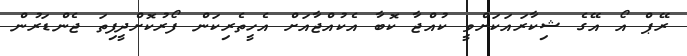
ރޭޕް އޯ އޭގެ ޝިކާރައަކަށްވީ ކުއްޖާ ކޮބާ އެކުއްޖާއަށް އެހީތެރިކަން ފޯރުކޮށްދީފިތަ ޖެންޑަރުން